Enquiry on enteric fever in India - Number 32
Disease focus: Fever
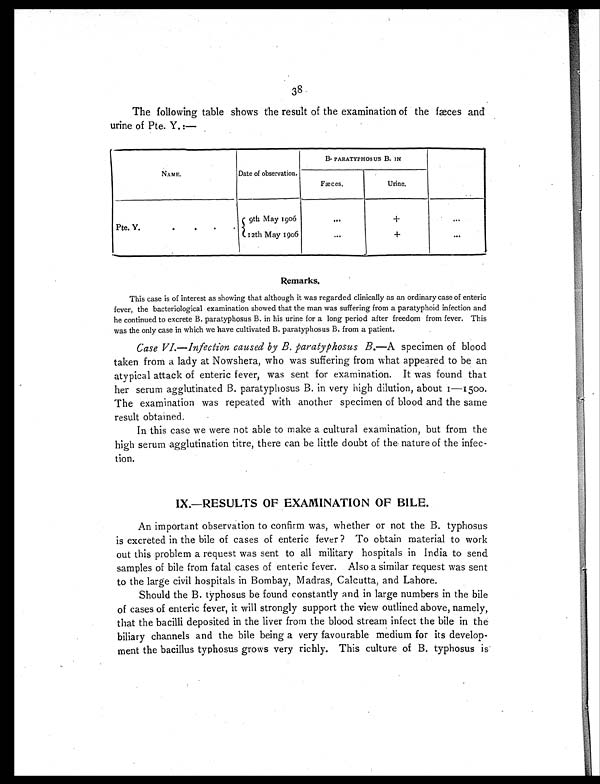
38
The following table shows the result of the examination of the fæces and
urine of Pte. Y.:—
NAME.
Date of observation.
B. PARATYPHOSUS B. IN
Fæces.
Urine.
Pt e. Y.
.
.
.
.
9th May 1906
...
+
. . .
12th May 1906
. . .
+
...
Remarks.
This case is of interest as showing that although it was regarded clinically as an ordinary case of enteric
fever, the bacteriological examination showed that the man was suffering from a paratyphoid infection and
he continued to excrete B. paratyphosus B. in his urine for a long period after freedom from fever. This
was the only case in which we have cultivated B. paratyphosus B. from a patient.
Case VI.—Infection caused by B. paratyphosus B. —A specimen of blood
taken from a lady at Nowshera, who was suffering from what appeared to be an
atypical attack of enteric fever, was sent for examination. It was found that
her serum agglutinated B. paratyphosus B. in very high dilution, about 1—1500.
The examination was repeated with another specimen of blood and the same
result obtained.
In this case we were not able to make a cultural examination, but from the
high serum agglutination titre, there can be little doubt of the nature of the infec-
tion.
IX.—RESULTS OF EXAMINATION OF BILE.
An important observation to confirm was, whether or not the B. typhosus
is excreted in the bile of cases of enteric fever ? To obtain material to work
out this problem a request was sent to all military hospitals in India to send
samples of bile from fatal cases of enteric fever. Also a similar request was sent
to the large civil hospitals in Bombay, Madras, Calcutta, and Lahore.
Should the B. typhosus be found constantly and in large numbers in the bile
of cases of enteric fever, it will strongly support the view outlined above, namely,
that the bacilli deposited in the liver from the blood stream infect the bile in the
biliary channels and the bile being a very favourable medium for its develop-
ment the bacillus typhosus grows very richly. This culture of B. typhosus is